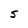
Character: 5